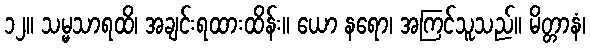
၁၂။ သမ္မသာရထိ၊ အချင်းရထားထိန်း။ ယော နရော၊ အကြင်သူသည်။ မိတ္တာနံ၊